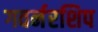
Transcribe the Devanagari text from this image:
गवर्नरशिप